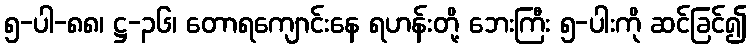
၅-ပါ-၈၈၊ ဋ္ဌ-၃၆၊ တောရကျောင်းနေ ရဟန်းတို့ ဘေးကြီး ၅-ပါးကို ဆင်ခြင်၍